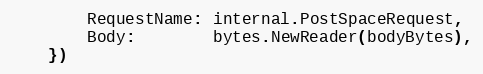
Language: Go
		RequestName: internal.PostSpaceRequest,
		Body:        bytes.NewReader(bodyBytes),
	})